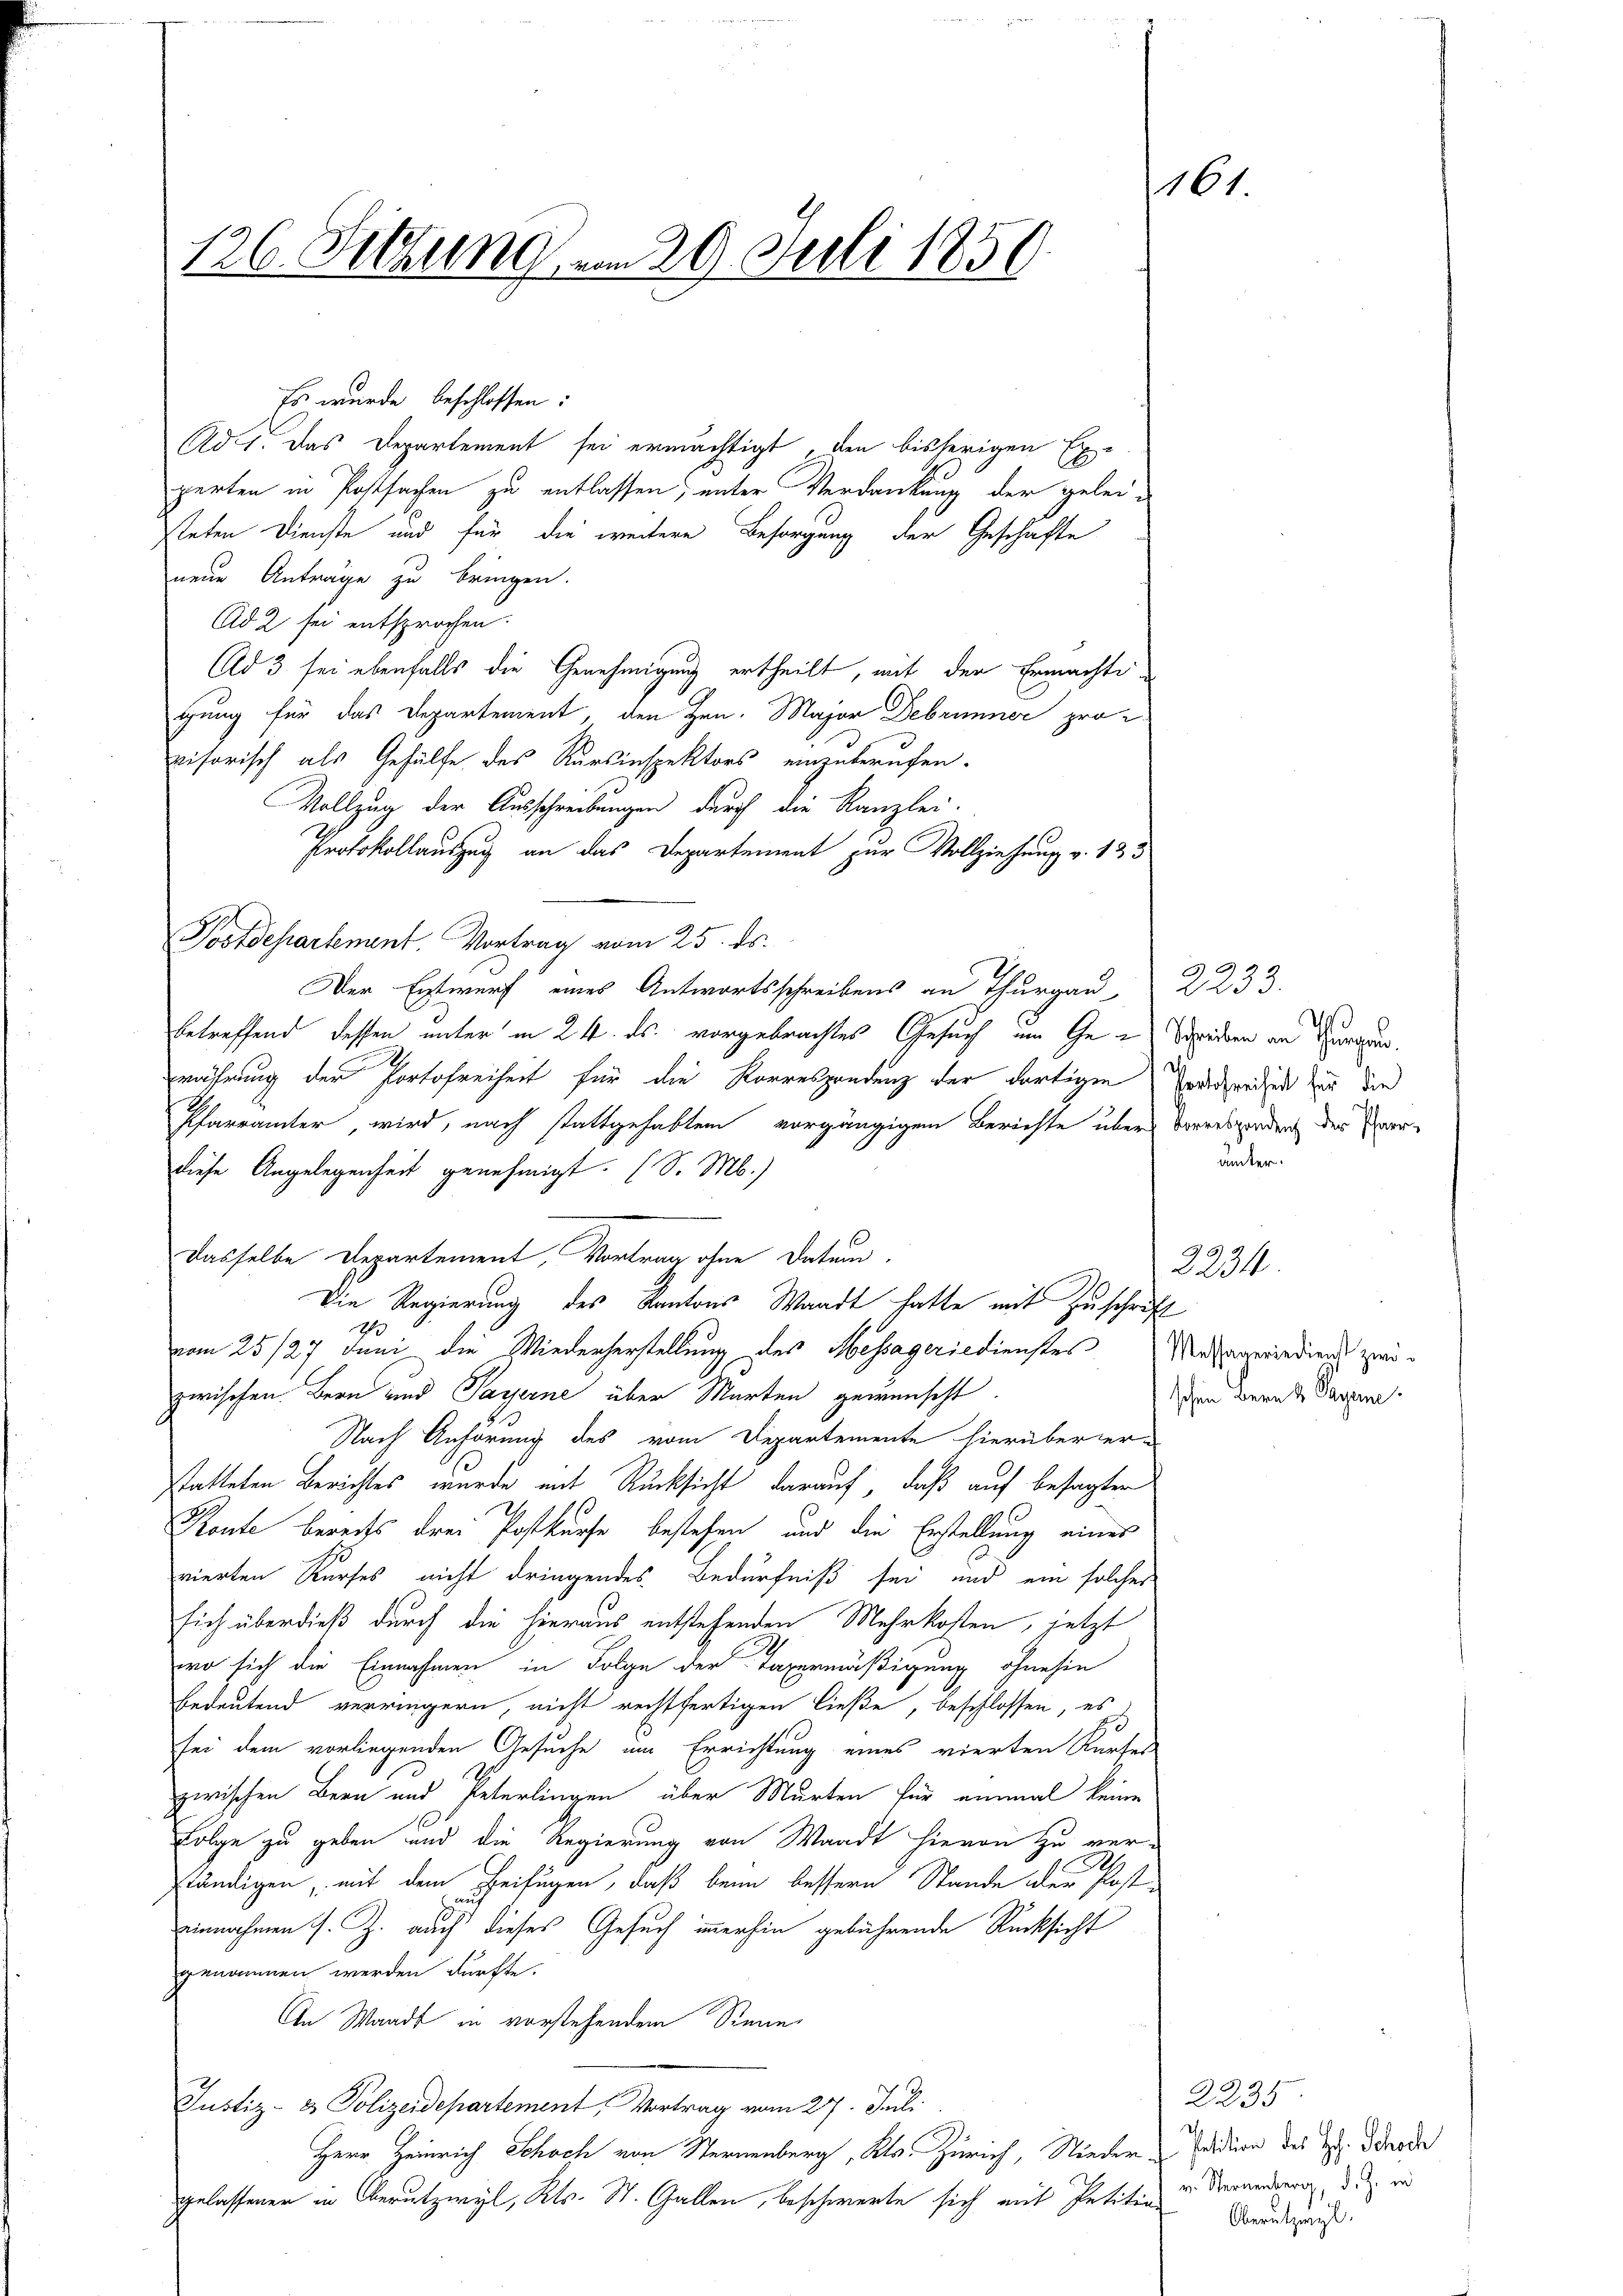
126. Fettung am 29. Juli 1850.

Es wurde beschlossen:
Ad 1. Das Departement sei ermächtigt, den bisherigen Experten in Postsachen zu entlassen; unter Verdankung der gelei-
steten Dienste und für die weitere Besorgung der Geschäfte
neue Anträge zu bringen.
Ad 2 sei entsprochen.
Ad 3 sei ebenfalls die Genehmigung ertheilt, mit den Ermächtigung für das Departement, den Hrn. Major Debrunner provisorisch als Gehülfe des Kursinspektors einzuberufen.
e
Vollzug der Ausschreibungen durch die Kanzlei-
Protokollauszug an das Departement zur Vollziehung v. 133
Postdepartement. Vortrag vom 25. ds.
Der Entwurf eines Antwortsschreibens an Thurgau
betreffend dessen unter in 24. ds. vorgebrachtes Gesuch um Ge- Seidern an Burgun
währung der Portofreiheit für die Korrespondenz der dortigen
Pfarrämter, wird, nach stattgehabten vorgängigen Berichte über Vorresponden der verdiese Angelegenheit genehmigt. (S. M.)
Dasselbe Departement, Vortrag ohne Datum.
Die Regierung des Kantons Waadt hatte mit Zuschrift
.
vom 25/27 Juni die Wiederherstellung des Messageriedienstes Mehrarriediens zwizwischen Bern und Payerne über Marten gewünscht.
Nach Anhörung des vom Departemente hierüber erstatteten Berichtes wurde mit Rücksicht darauf, daß auf besagter
Route bereits drei Postkurse bestehen, und die Erstellung eines
vierten Kurses nicht dringendes Bedürfniß sei und ein solches
sich überdieß durch die hieraus entstehenden Mehrkosten, jetzt
wo sich die Einnahmen in Folge der Taxermäßigung ohnehin
bedeutend verringern, nicht rechtfertigen ließe, beschlossen, es
sei dem vorliegenden Gesuche im Errichtung eines vierten Kurses
zwischen Bern und Peterlingen über Murten für einmal keine
Folge zu geben und die Regierung von Waadt hievon zu ver-
M.
ständigen, mit dem Beifügen, daß beim bessern Stande der Posteinnahmen s. Z. auch dieses Gesuch immerhin gebührende Rücksicht
genommen werden dürfte.
An Waadt in vorstehendem Sinne
Justiz- & Polizeidepartement, Vortrag vom 27. Juli
Herr Heinrich Schoch von Sternenberg, Kts. Zürich, Nieder & Feldion des I. Denode
gelassener in Oberutzwyl, Kts. St. Gallen, beschwerte sich mit Intiten u. Vernennung, die ei

1

61.

2233.
Va
Portofreiheit für die

schen Bern & Pagene.

2234

unter.

2235
Oberutzwyl.